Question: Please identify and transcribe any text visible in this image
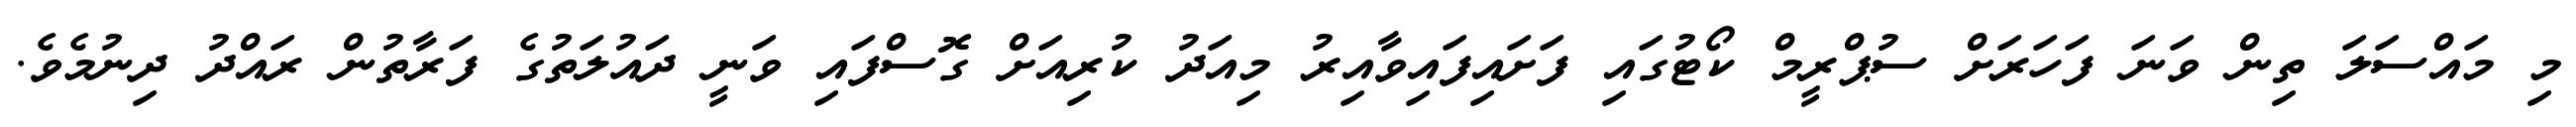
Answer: މި މައްސަލަ ތިން ވަނަ ފަހަރަށް ސުޕްރީމް ކޯޓުގައި ފަށައިފައިވާއިރު މިއަދު ކުރިއަށް ގޮސްފައި ވަނީ ދައުލަތުގެ ފަރާތުން ރައްދު ދިނުމެވެ.